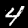
Digit: 4